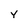
Character: Y